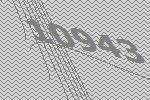
10943